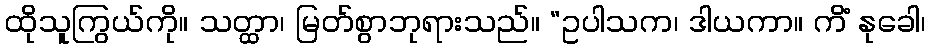
ထိုသူကြွယ်ကို။ သတ္ထာ၊ မြတ်စွာဘုရားသည်။ “ဥပါသက၊ ဒါယကာ။ ကိံ နုခေါ၊